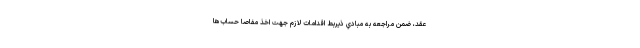
عقد، ضمن مراجعه به مبادي ذيربط اقدامات لازم جهت اخذ مفاصا حساب‌ها